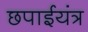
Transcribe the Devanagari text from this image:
छपाईयंत्र